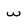
Character: w